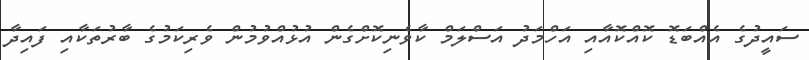
ސައީދުގެ އެއްބަޑޮ ކޮއްކޮއާއި އަހްމަދު އަސްލަމް ކާވެނިކޮށްގެން އުޅުއްވުމުން ވެރިކަމުގެ ބާރުތަކާއި ފައިދާ